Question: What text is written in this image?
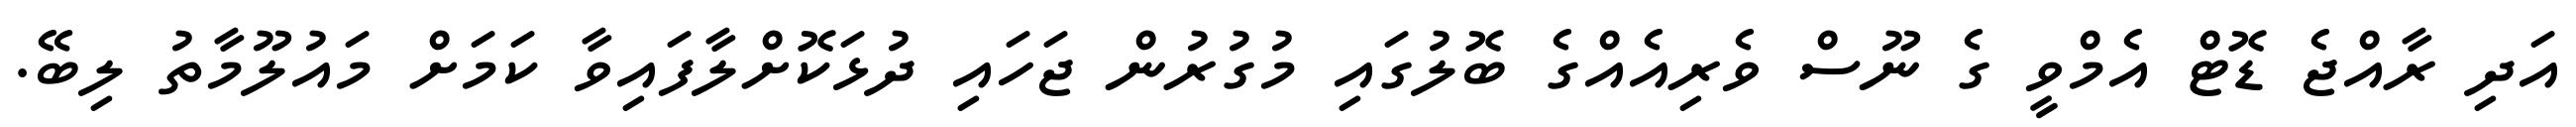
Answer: އަދި ރާއްޖެ ޑޮޓް އެމްވީ ގެ ނޫސް ވެރިއެއްގެ ބޮލުގައި މުގުރުން ޖަހައި ދުޅަކޮށްލާފައިވާ ކަމަށް މައުލޫމާތު ލިބޭ.